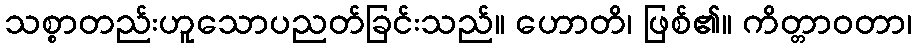
သစ္စာတည်းဟူသောပညတ်ခြင်းသည်။ ဟောတိ၊ ဖြစ်၏။ ကိတ္တာဝတာ၊